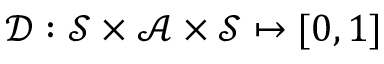
\mathcal D : \mathcal S \times \mathcal A \times \mathcal S \mapsto [ 0 , 1 ]